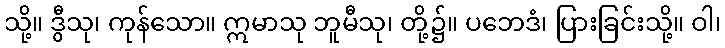
သို့။ ဒွီသု၊ ကုန်သော။ ဣမာသု ဘူမီသု၊ တို့၌။ ပဘေဒံ၊ ပြားခြင်းသို့။ ဝါ၊